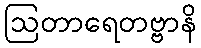
ဩတာရေတဗ္ဗာနိ